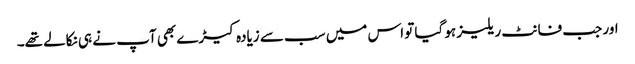
اور جب فانٹ ریلیز ہو گیا تو اس میں سب سے زیادہ کیڑے بھی آپ نے ہی نکالے تھے۔